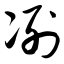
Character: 冽